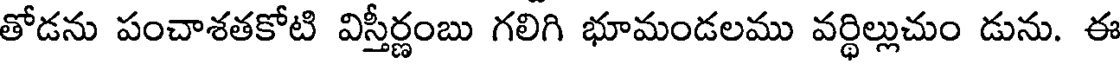
తోడను పంచాశతకోటి విస్తీర్ణంబు గలిగి భూమండలము వర్థిల్లుచుం డును. ఈ